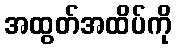
အထွတ်အထိပ်ကို